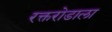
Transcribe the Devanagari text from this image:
रक्तरोडाला